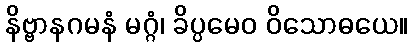
နိဗ္ဗာနဂမနံ မဂ္ဂံ၊ ခိပ္ပမေဝ ဝိသောဓယေ။